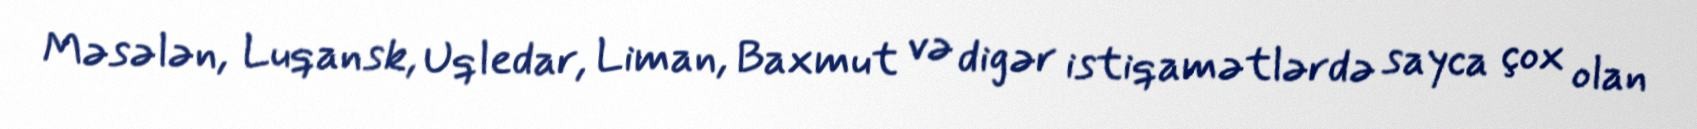
Məsələn, Luqansk, Uqledar, Liman, Baxmut və digər istiqamətlərdə sayca çox olan